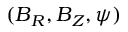
( \boldsymbol { B } _ { R } , \boldsymbol { B } _ { Z } , \boldsymbol { \psi } )